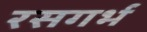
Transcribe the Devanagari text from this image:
रसगर्भ